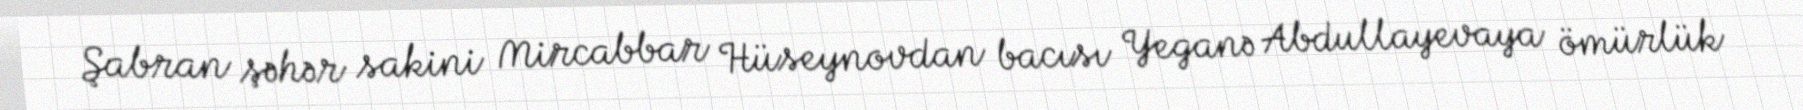
Şabran şəhər sakini Mircabbar Hüseynovdan bacısı Yeganə Abdullayevaya ömürlük